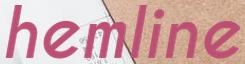
hemline